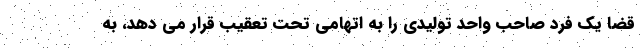
قضا یک فرد صاحب واحد تولیدی را به اتهامی تحت تعقیب قرار می دهد، به